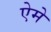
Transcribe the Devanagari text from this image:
ऐमे